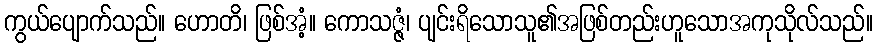
ကွယ်ပျောက်သည်။ ဟောတိ၊ ဖြစ်အံ့။ ကောသဇ္ဇံ၊ ပျင်းရိသောသူ၏အဖြစ်တည်းဟူသောအကုသိုလ်သည်။